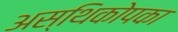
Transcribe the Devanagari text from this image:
अस्थिकोपका